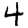
Digit: 4